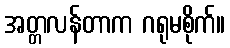
အတ္တလန်တာက ဂရုမစိုက်။